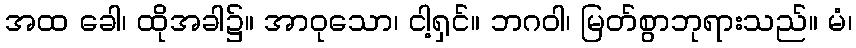
အထ ခေါ၊ ထိုအခါ၌။ အာဝုသော၊ ငါ့ရှင်။ ဘဂဝါ၊ မြတ်စွာဘုရားသည်။ မံ၊